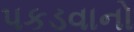
પકડવાનો